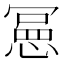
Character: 𭞌